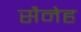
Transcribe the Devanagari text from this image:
सैनेह